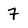
Character: 7